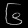
Digit: ၆